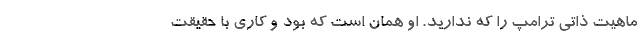
ماهیت ذاتی ترامپ را که ندارید. او همان است که بود و کاری با حقیقت